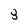
Character: 3